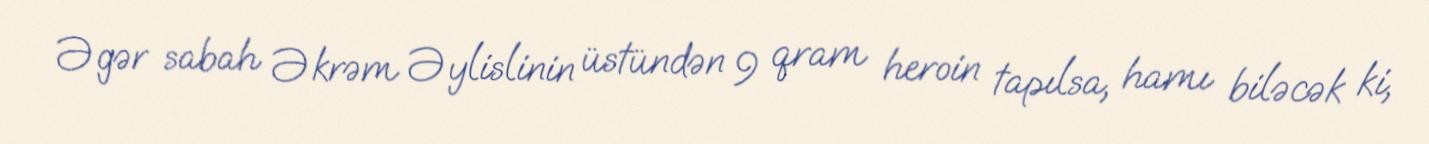
Əgər sabah Əkrəm Əylislinin üstündən 9 qram heroin tapılsa, hamı biləcək ki,